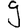
Digit: 9